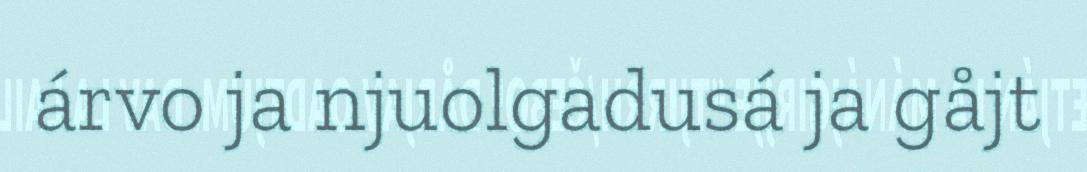
árvo ja njuolgadusá ja gåjt